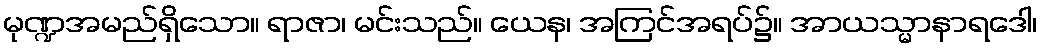
မုဏ္ဍအမည်ရှိသော။ ရာဇာ၊ မင်းသည်။ ယေန၊ အကြင်အရပ်၌။ အာယသ္မာနာရဒေါ၊